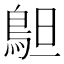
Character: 𱈣